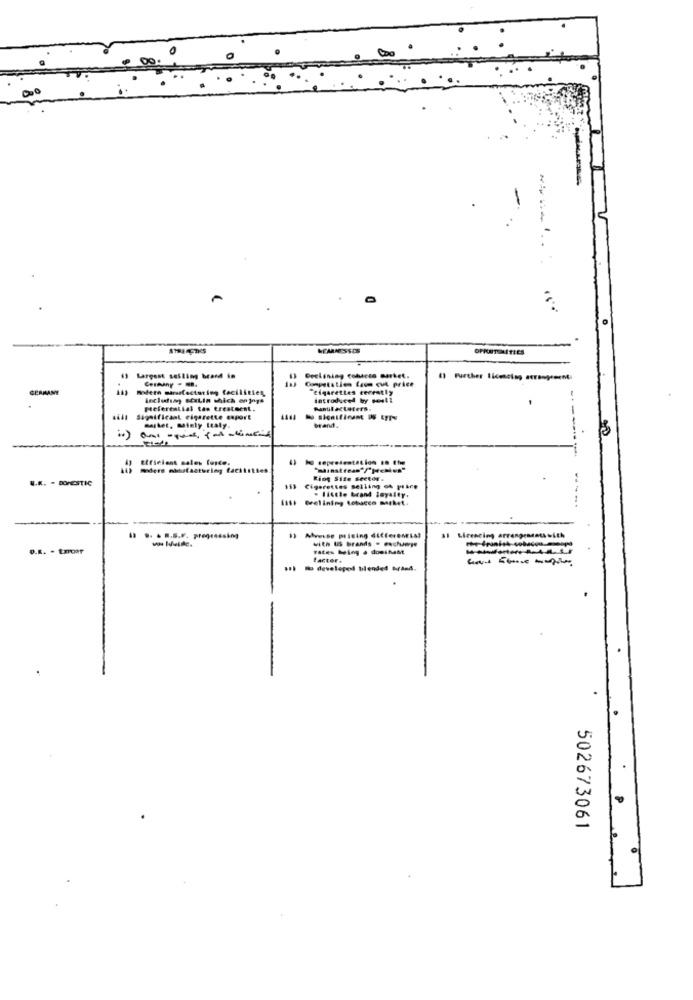
00
MARNESSOS
13 Largest selling brand in
Cermany . m.
1) Declining cobucce market.
() Further licensing arrangements
GERMANY
modern minusfactoring facilities,
"cigarettes cereatly
including scalin which en ings
Introduced by powell
preferential tas treatment.
Anul Acteters.
all Significant cigarette export
Gasher, mainly Italy.
brand.
-----
Efficient sales force.
11 Kg representation 10 th
W.R .. . DOMESTIC
King Size Sector .
153
Cigarettes selling of price
. lisele brand loyalty.
Ass: @relining tobacco market.
al Licencing arrangeadata with
1. .. ... S.F. progressing
with II brands . exchange
D.E. - tmoar
rates Ming . doeiheMt
factor.
Il developed blendet MrleA.
502673061
Pe